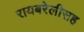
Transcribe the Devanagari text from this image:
रायबरेलीसह